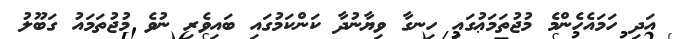
އަދި ހަމައެހެންމެ މުޖުތަމަޢުގައި ހިނގާ ވިޔާނުދާ ކަންކަމުގައި ބައިވެރި ނުވެ މުޖުތަމައު ގަބޫލު